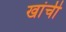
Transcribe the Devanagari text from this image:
खांची